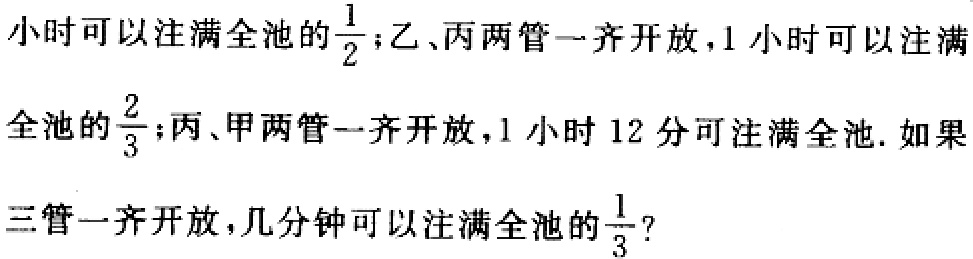
小时可以注满全池的$\frac{1}{2}$；乙、丙两管一齐开放，1小时可以注满
全池的$\frac{2}{3}$；丙、甲两管一齐开放，1小时12分可注满全池. 如果
三管一齐开放，几分钟可以注满全池的$\frac{1}{3}$？